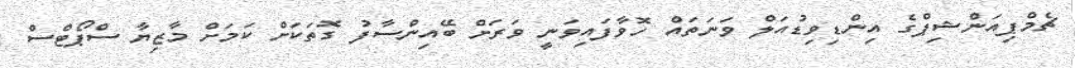
ޗެމްޕިއަންޝިޕްގެ އިންޑިވިޑުއަލް ވަނަތައް ހޮވާފައިވަނީ ވަރަށް ބޭއިންސާފު ގޮތަކަށް ކަމަށް މާޒިޔާ ސްޕޯޓްސް